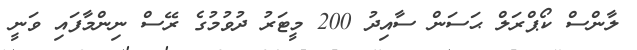
ލާންސް ކޯޕްރަލް ޙަސަން ސާއިދު 200 މީޓަރު ދުވުމުގެ ރޭސް ނިންމާފައި ވަނީ